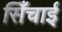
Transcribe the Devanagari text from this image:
सिँचाई